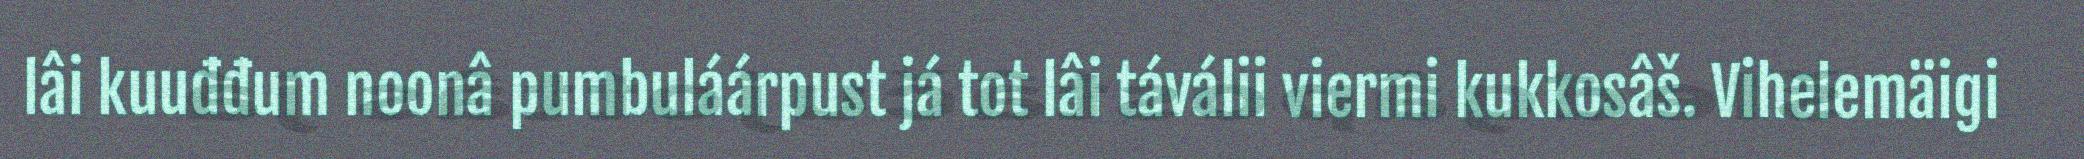
lâi kuuđđum noonâ pumbuláárpust já tot lâi táválii viermi kukkosâš. Vihelemäigi